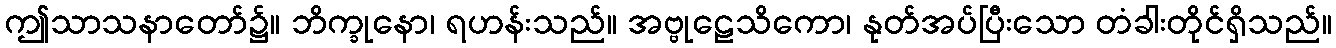
ဤသာသနာတော်၌။ ဘိက္ခုနော၊ ရဟန်းသည်။ အဗ္ဗုဠေသိကော၊ နုတ်အပ်ပြီးသော တံခါးတိုင်ရှိသည်။